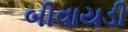
બીવાયડી